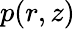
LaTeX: p(r,z)